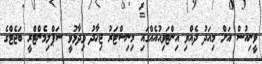
ވީނިއުސް އަށް މިއަދު ދެއްވި އިންޓަވިއުއެއްގައި މިިނިސްޓަރު ޖިހާދު ވިދާޅުވީ ސަޕްލިމެންޓްރީ ބަޖެޓްގެ